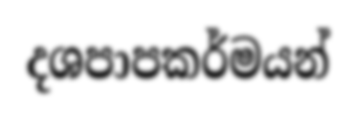
දශපාපකර්මයන්